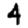
Digit: 4